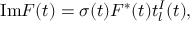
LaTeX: \mathrm { I m } F ( t ) = \sigma ( t ) F ^ { \ast } ( t ) t _ { l } ^ { I } ( t ) ,